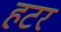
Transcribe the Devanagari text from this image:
हटर